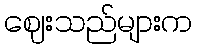
ဈေးသည်များက